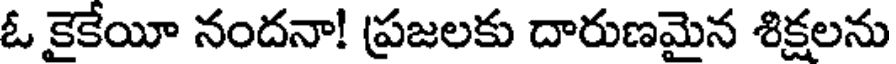
ఓ కైకేయీ నందనా! ప్రజలకు దారుణమైన శిక్షలను